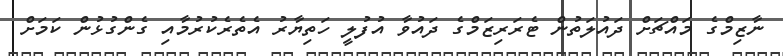
ނާޒިމްގެ މައްޗަށް ދައުލަތުން ޓެރަރިޒަމްގެ ދައުވާ އުފުލީ ހަތިޔާރު އެތެރެކުރުމާއި ގެންގުޅުން ކަމަށް